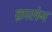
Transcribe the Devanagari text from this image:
क़ालेन